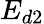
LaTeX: E_{d2}